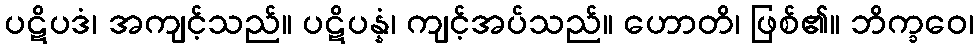
ပဋိပဒံ၊ အကျင့်သည်။ ပဋိပန္နံ၊ ကျင့်အပ်သည်။ ဟောတိ၊ ဖြစ်၏။ ဘိက္ခဝေ၊